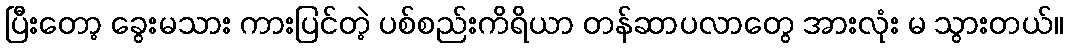
ပြီးတော့ ခွေးမသား ကားပြင်တဲ့ ပစ်စည်းကိရိယာ တန်ဆာပလာတွေ အားလုံး မ သွားတယ်။